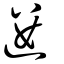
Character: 遱